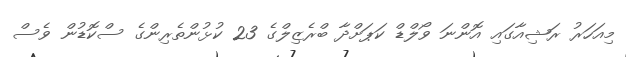
މިއަހަރު ރަޝިއާގައި އޮންނަ ވޯލްޑް ކަޕަށްދާ ބްރެޒިލްގެ 23 ކުޅުންތެރިންގެ ސްކޮޑުން ވެސް